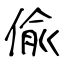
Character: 偸